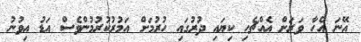
އޭނަ އެހާ ވަރަށް އެއްޗެހި ކިޔައި ދުރުގައި ހުރުމަށް އަމުރުކުރުމުންވެސް އަޑު އިވުނު